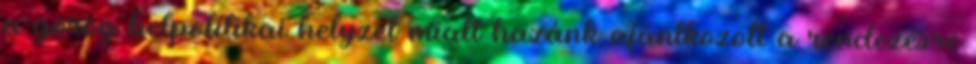
a görög belpolitikai helyzet miatt hazánk ajánlkozott a rendezésre